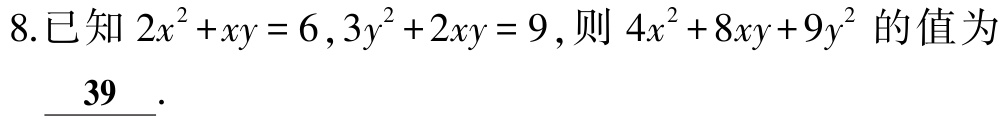
8.已知 \(2x^{2}+xy = 6,3y^{2}+2xy = 9\),则 \(4x^{2}+8xy + 9y^{2}\) 的值为 \(\underline{39}\).